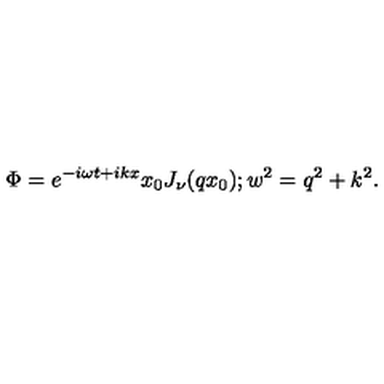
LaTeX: \Phi = e ^ { - i \omega t + i k x } x _ { 0 } J _ { \nu } ( q x _ { 0 } ) ; w ^ { 2 } = q ^ { 2 } + k ^ { 2 } .